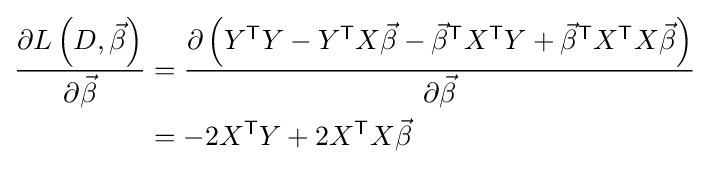
{\begin{aligned}{\frac {\partial L\left(D,{\vec {\beta }}\right)}{\partial {\vec {\beta }}}}&={\frac {\partial \left(Y^{\textsf {T}}Y-Y^{\textsf {T}}X{\vec {\beta }}-{\vec {\beta }}^{\textsf {T}}X^{\textsf {T}}Y+{\vec {\beta }}^{\textsf {T}}X^{\textsf {T}}X{\vec {\beta }}\right)}{\partial {\vec {\beta }}}}\\&=-2X^{\textsf {T}}Y+2X^{\textsf {T}}X{\vec {\beta }}\end{aligned}}